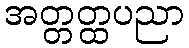
အတ္တတ္ထပညာ